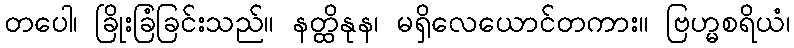
တပေါ၊ ခြိုးခြံခြင်းသည်။ နတ္ထိနုန၊ မရှိလေယောင်တကား။ ဗြဟ္မစရိယံ၊